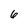
Character: 6